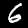
Digit: 6